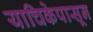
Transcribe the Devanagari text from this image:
याचिकेपासून